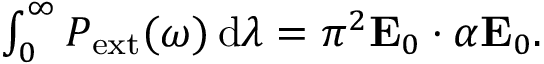
\begin{array} { r } { \int _ { 0 } ^ { \infty } P _ { \mathrm { e x t } } ( \omega ) \, \mathrm { d } \lambda = \pi ^ { 2 } \mathbf { E } _ { 0 } \cdot \boldsymbol { \alpha } \mathbf { E } _ { 0 } . } \end{array}